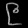
Digit: ၉